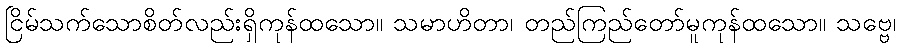
ငြိမ်သက်သောစိတ်လည်းရှိကုန်ထသော။ သမာဟိတာ၊ တည်ကြည်တော်မူကုန်ထသော။ သဗ္ဗေ၊